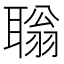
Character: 聬